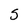
Character: S